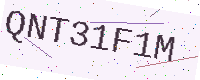
Text: QNT31F1M